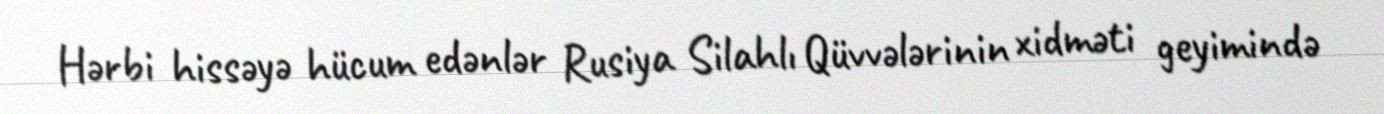
Hərbi hissəyə hücum edənlər Rusiya Silahlı Qüvvələrinin xidməti geyimində